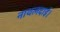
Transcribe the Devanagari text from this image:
नाथलदाई।